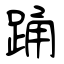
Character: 踊